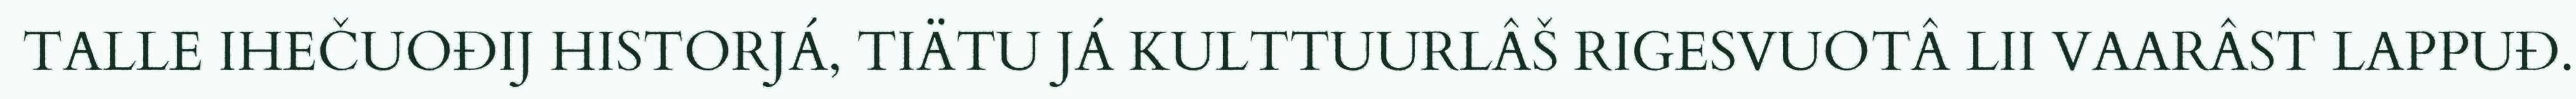
TALLE IHEČUOĐIJ HISTORJÁ, TIÄTU JÁ KULTTUURLÂŠ RIGESVUOTÂ LII VAARÂST LAPPUĐ.